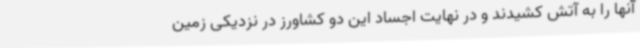
آنها را به آتش کشیدند و در نهایت اجساد این دو کشاورز در نزدیکی زمین